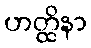
ဟတ္ထိနာ